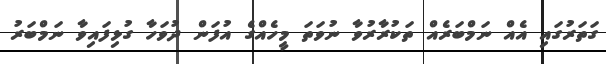
ގަތަރުގައި އެއް ނަމްބަރެއް ތަކުރާރުވާ ނުވަތަ މީހެއްގެ އުފަން ދުވަހާ ގުޅިފައިވާ ނަމްބަރު